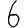
Digit: 6